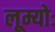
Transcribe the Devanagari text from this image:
लूम्योः